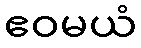
ဧဝမယံ